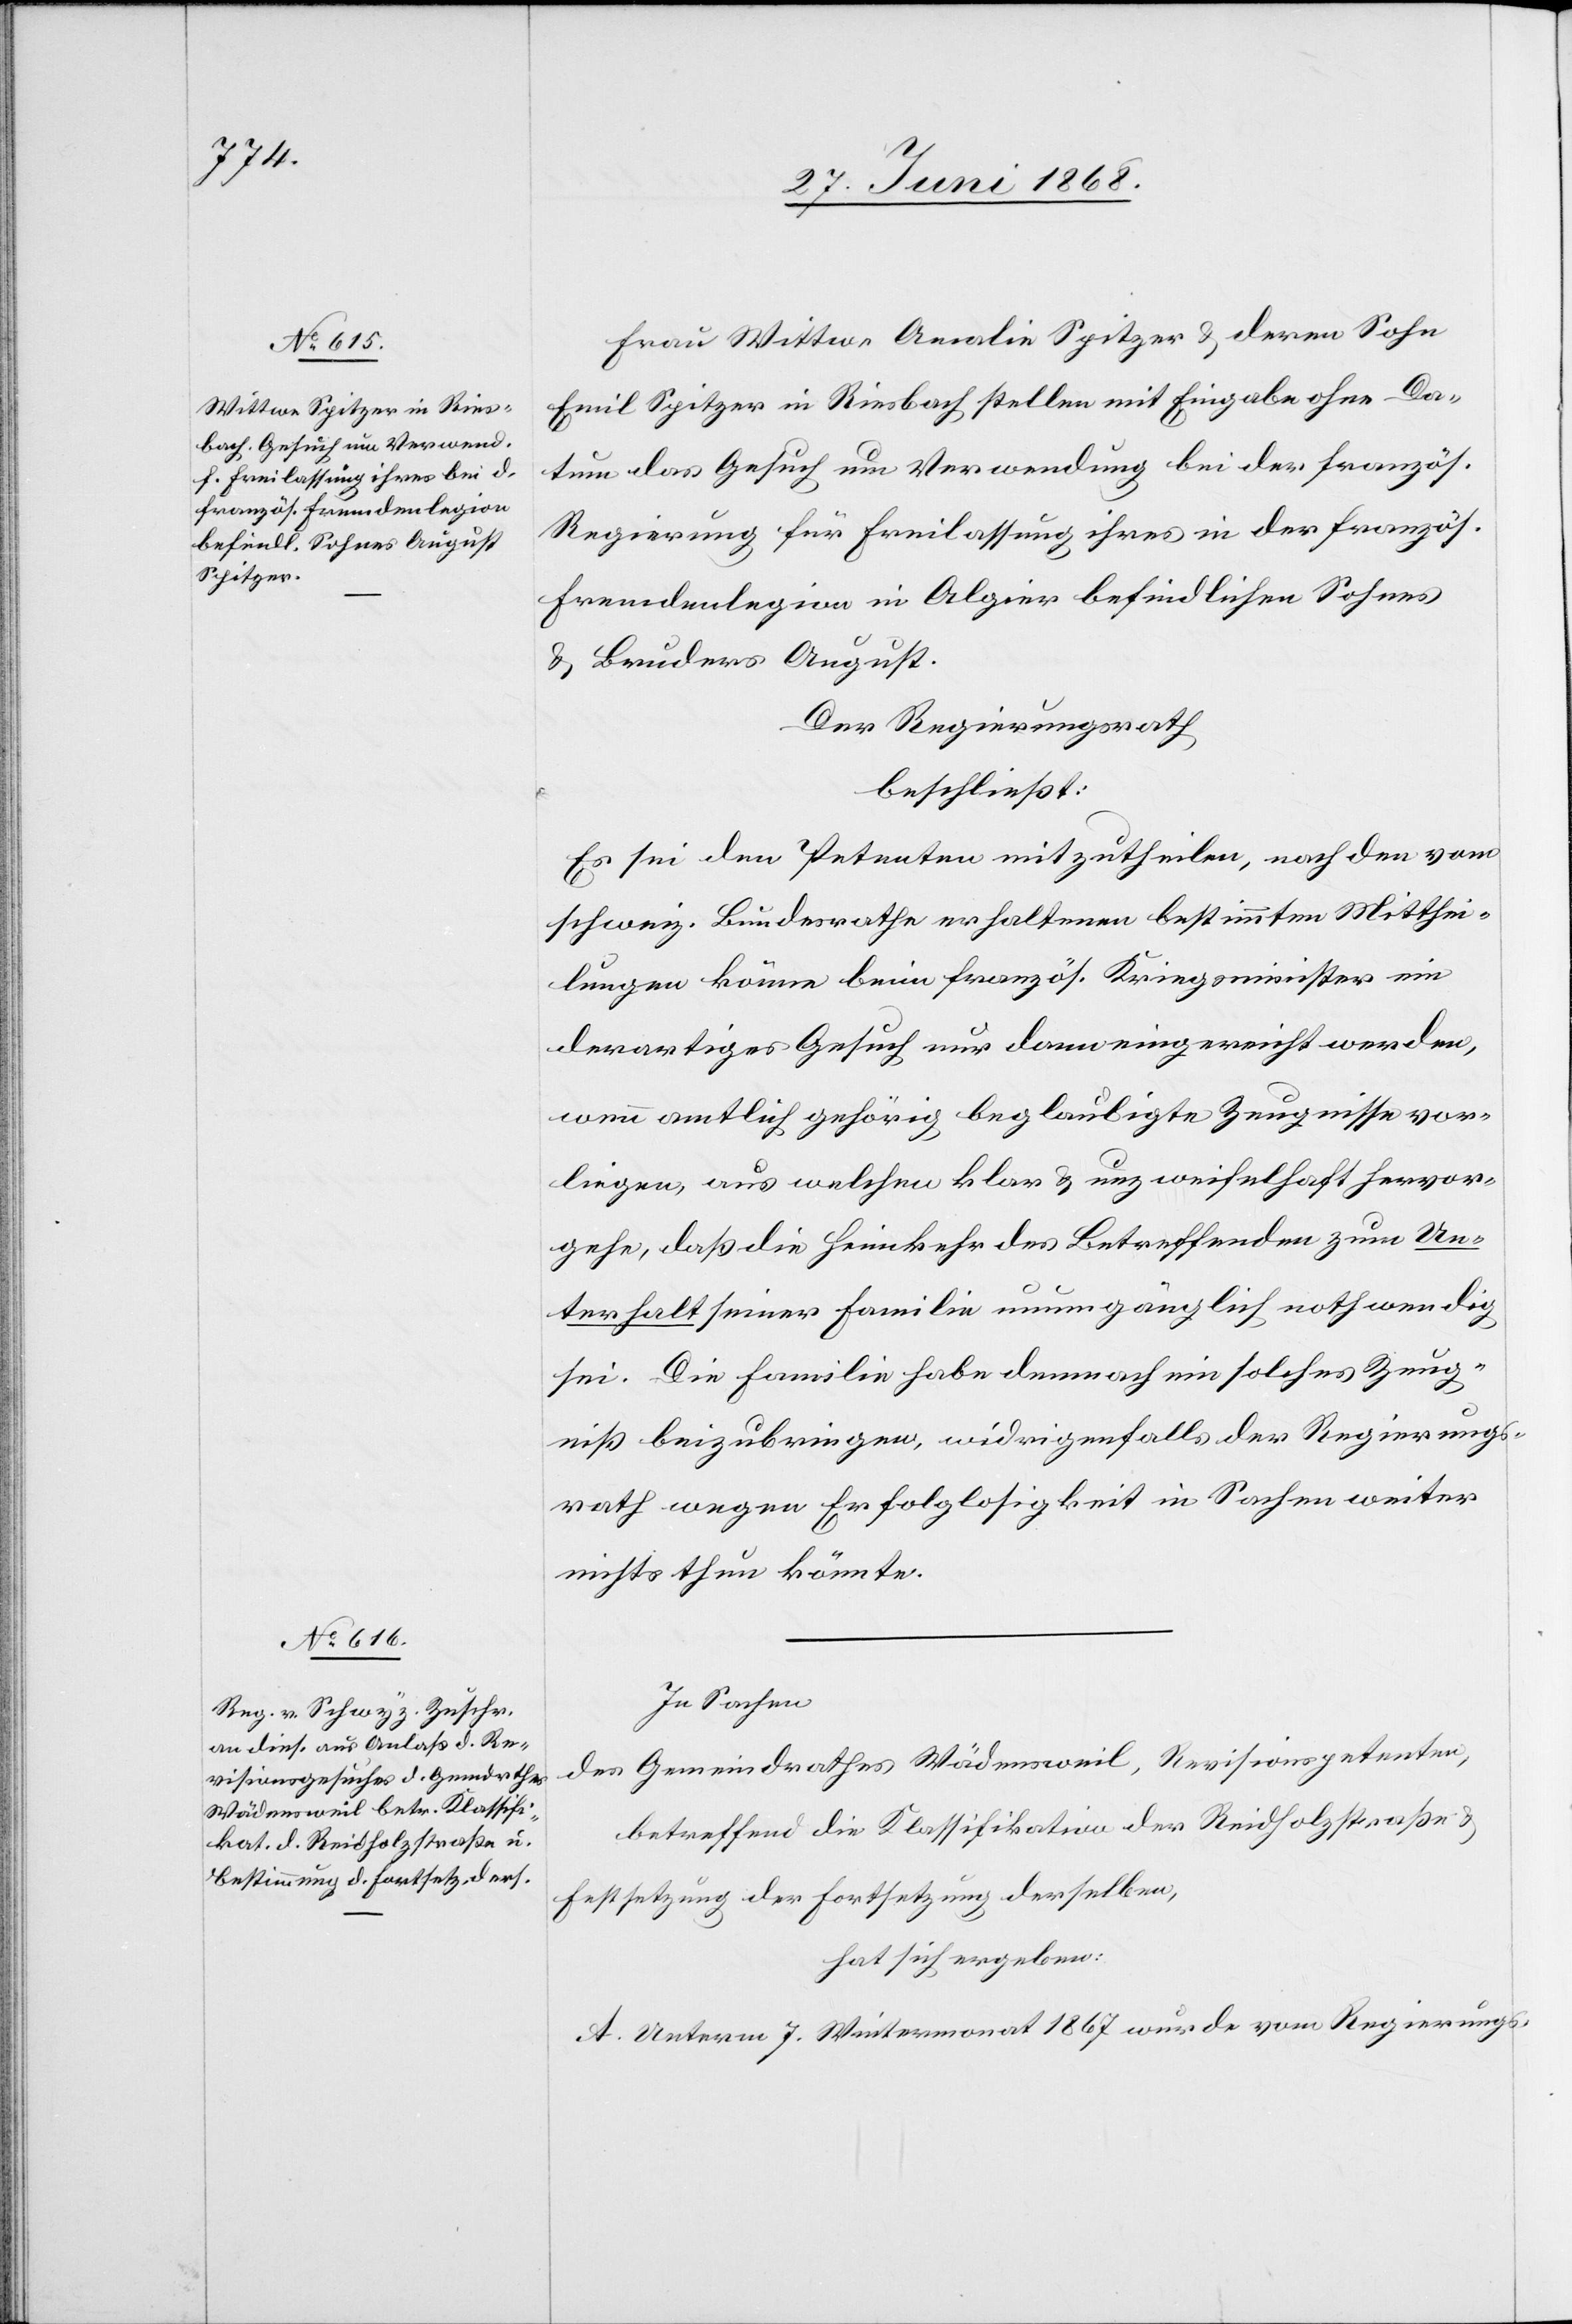
Frau Wittwe Amalie Spitzer & deren Sohn
Emil Spitzer in Riesbach stellen mit Eingabe ohne Da¬
tum das Gesuch um Verwendung bei der französ.
Regierung für Freilassung ihres in der französ.
Fremdenlegion in Algier befindlichen Sohnes
& Bruders August.
Der Regierungsrath
beschließt:
Es sei den Petenten mitzutheilen, nach den vom
schweiz. Bundesrathe erhaltenen bestimmten Mitthei¬
lungen könne beim französ. Kriegsminister ein
derartiges Gesuch nur dann eingereicht werden,
wenn amtlich gehörig beglaubigte Zeugnisse vor¬
liegen, aus welchen klar & unzweifelhaft hervor¬
gehe, daß die Heimkehr des Betreffenden zum Un¬
terhalt seiner Familie unumgänglich nothwendig
sei. Die Familie habe demnach ein solches Zeug¬
niß beizubringen, widrigenfalls der Regierungs¬
rath wegen Erfolglosigkeit in Sachen weiter
nichts thun könnte.
In Sachen
des Gemeindrathes Wädensweil, Revisionspetenten,
betreffend die Klassifikation der Reidholzstraße &
Festsetzung der Fortsetzung derselben,
hat sich ergeben:
A. Unterm 7. Wintermonat 1867 wurde vom Regierungs-